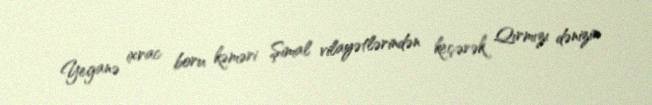
Yeganə ixrac boru kəməri Şimal vilayətlərindən keçərək Qırmızı dənizin